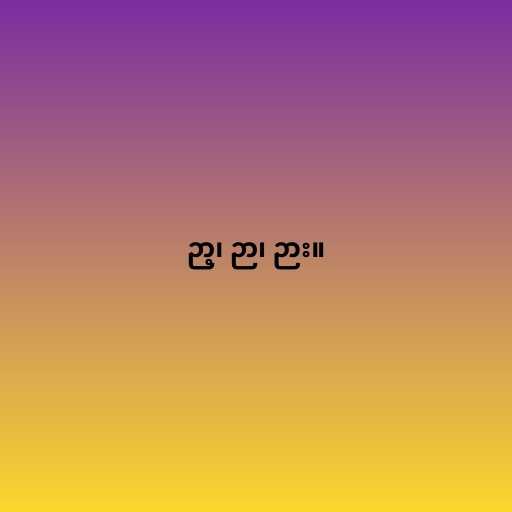
ဉာ့၊ ဉာ၊ ဉား။